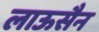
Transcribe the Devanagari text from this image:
लाऊसैन